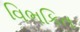
વિભકિત